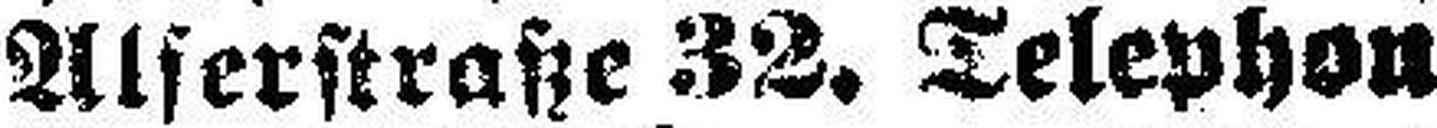
Alserstratze 32, Telephon